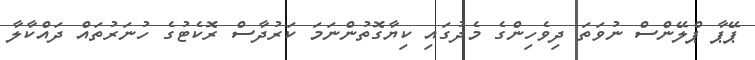
ޕޭޕާ ޕްލޭންސް ނުވަތަ ދިވެހިންގެ މެދުގައި ކިޔާގޮތުންނަމަ ކަރުދާސް ރޮކެޓުގެ ހުނަރުތައް ދައްކާލާ